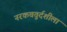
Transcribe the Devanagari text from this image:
नरकचतुर्दशीला